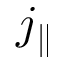
j _ { \parallel }